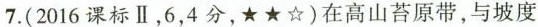
7.(2016课标Ⅱ，6，4分，★★☆)在高山苔原带，与坡度